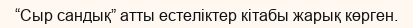
“Сыр сандық” атты естеліктер кітабы жарық көрген.